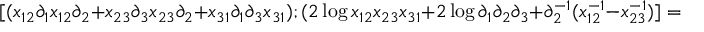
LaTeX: [ ( x _ { 1 2 } \partial _ { 1 } x _ { 1 2 } \partial _ { 2 } + x _ { 2 3 } \partial _ { 3 } x _ { 2 3 } \partial _ { 2 } + x _ { 3 1 } \partial _ { 1 } \partial _ { 3 } x _ { 3 1 } ) ; ( 2 \log x _ { 1 2 } x _ { 2 3 } x _ { 3 1 } + 2 \log \partial _ { 1 } \partial _ { 2 } \partial _ { 3 } + \partial _ { 2 } ^ { - 1 } ( x _ { 1 2 } ^ { - 1 } - x _ { 2 3 } ^ { - 1 } ) ] = 0 ,